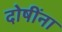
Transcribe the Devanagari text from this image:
दोषींना